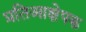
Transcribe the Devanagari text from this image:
प्रतिआक्षेपक